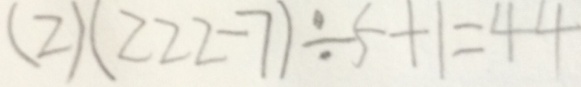
( 2 ) ( 2 2 2 - 7 ) \div 5 + 1 = 4 4